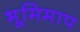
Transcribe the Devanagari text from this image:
भूमिमाप